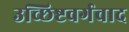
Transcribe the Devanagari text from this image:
उच्छिष्टवर्गवाद